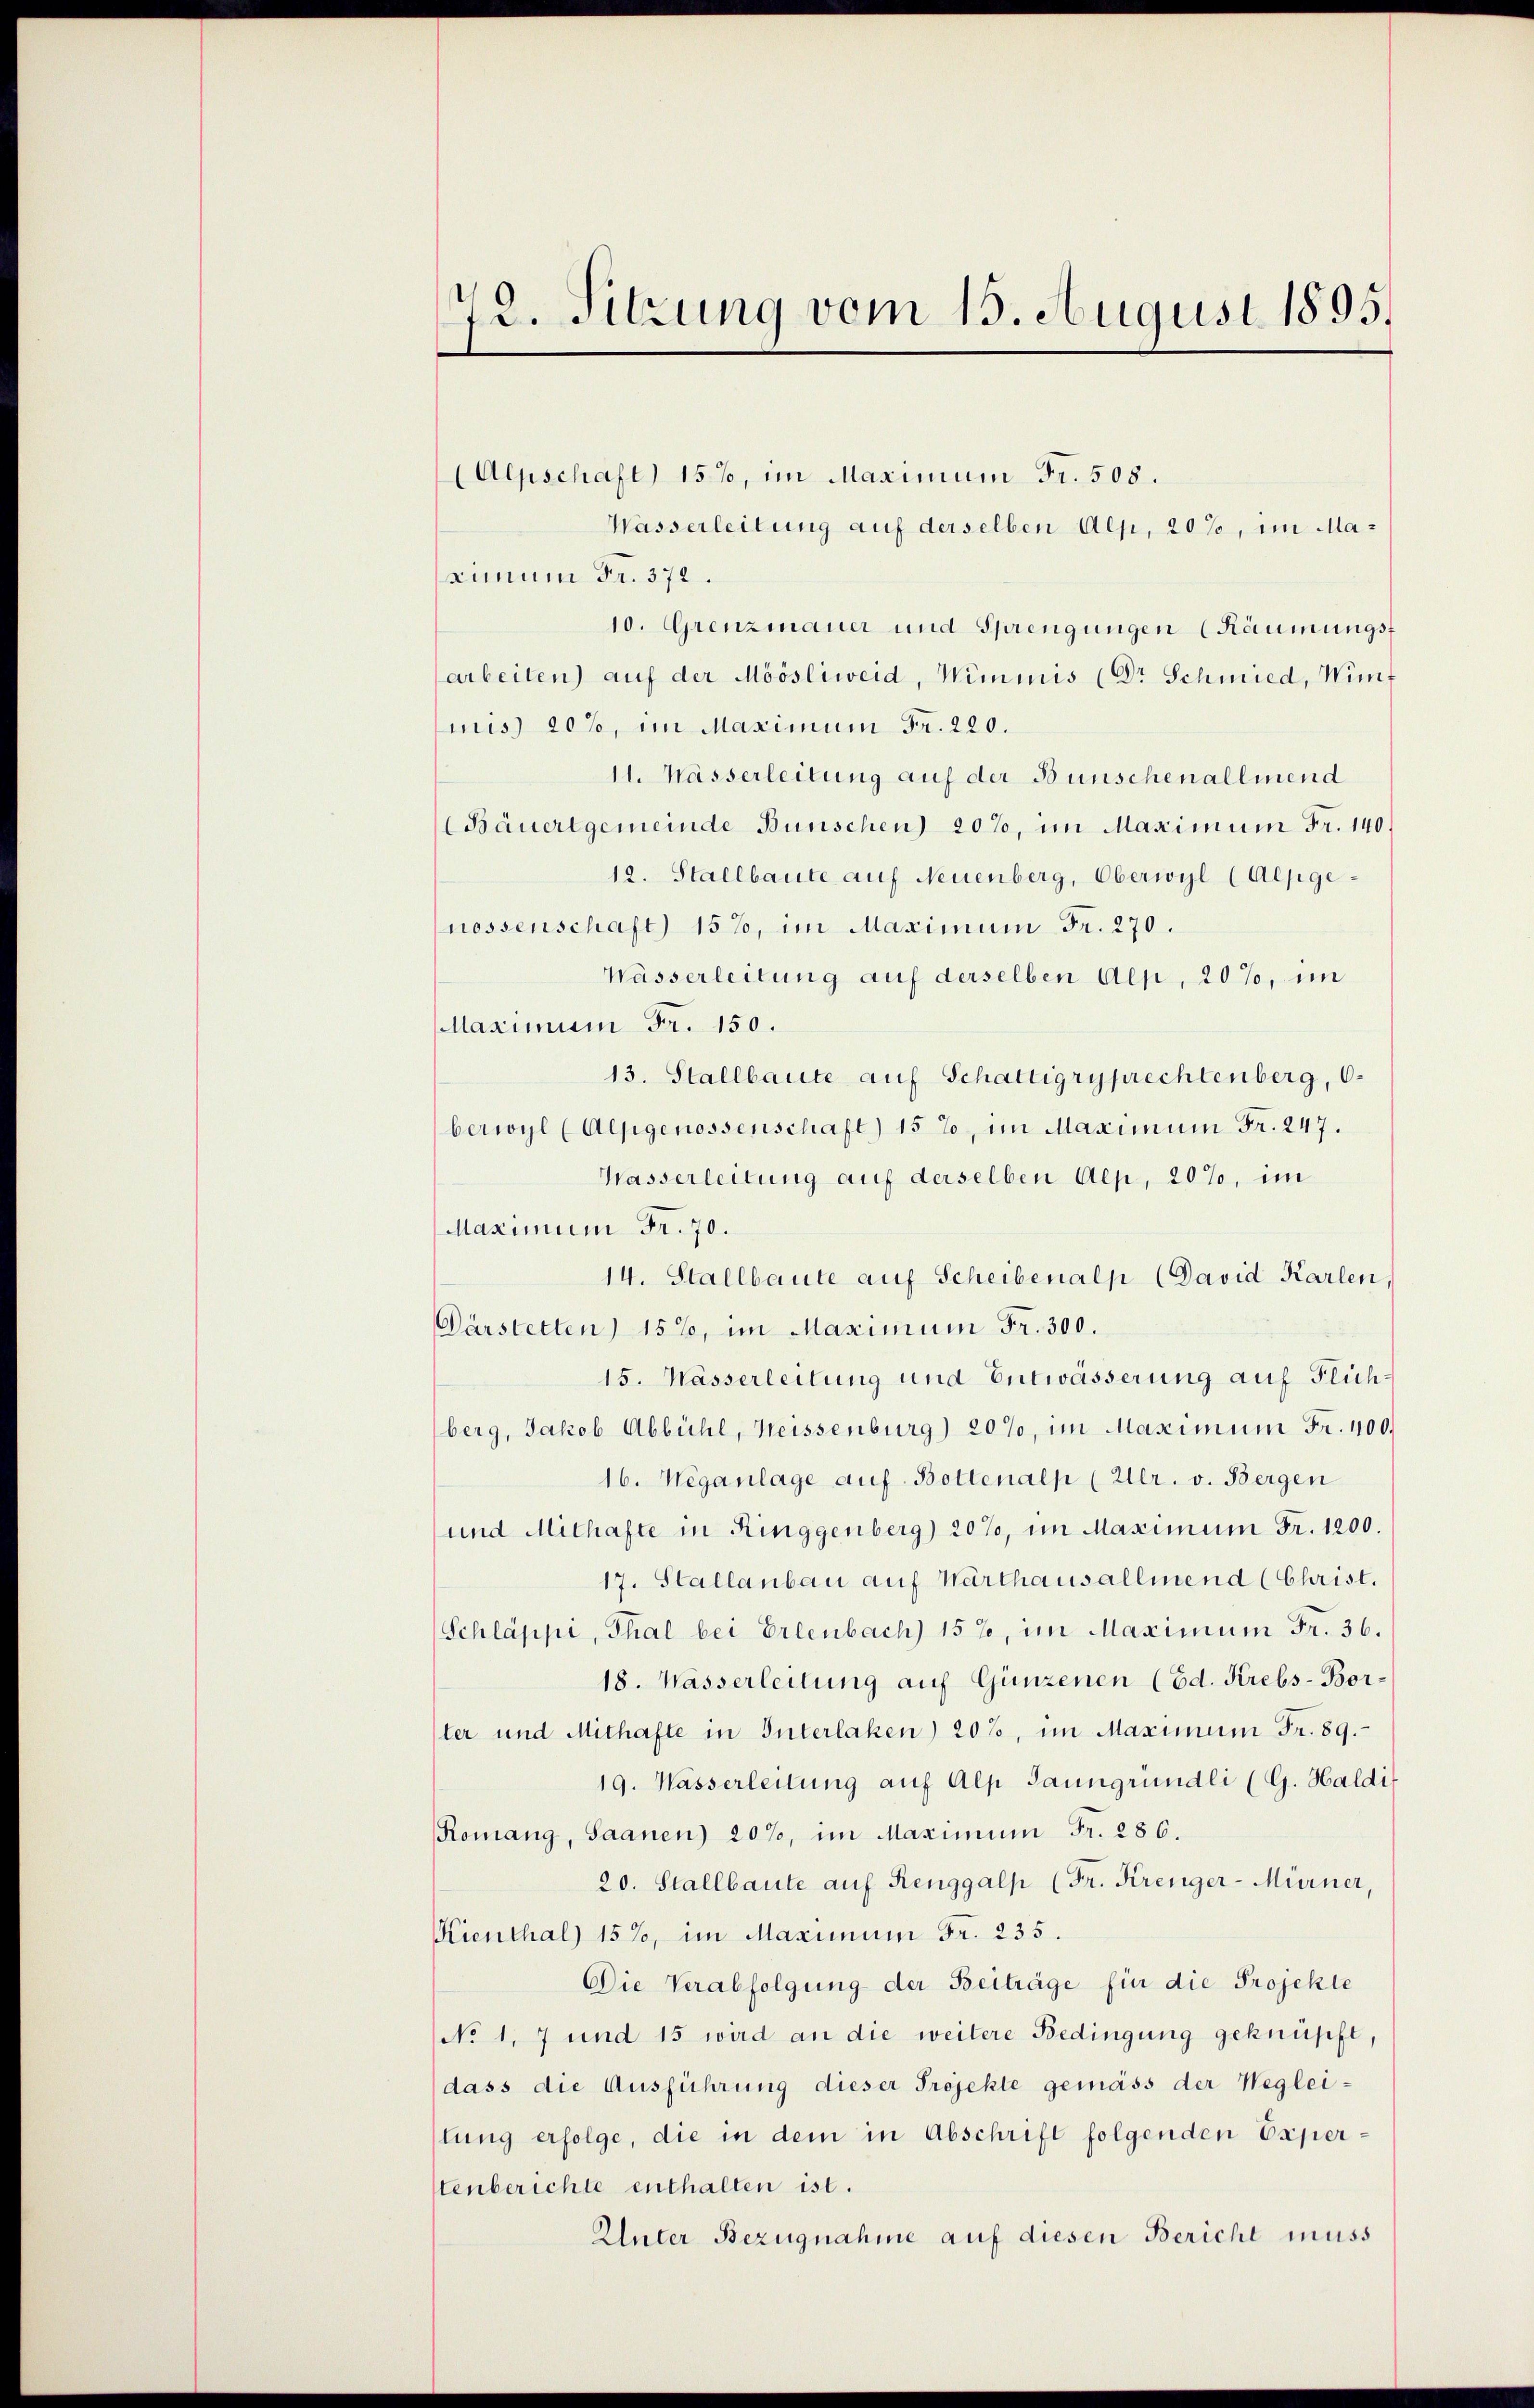
72. Sitzung vom 15. August 1895.

(Alpschaft) 15%, im Maximum Fr. 508.
Wasserleitung auf derselben Alp, 20%, im Maximum Fr. 372.
10. Grenzmauer und Sprengungen (Räumungsf
arbeiten) auf der Möösliweid, Wimmnis (Dr Schmied, Wünf
mis 20%, im Maximum Fr. 220.
11. Wasserleitung auf der Bunschenallmend
Bäuerlgemeinde Bünschen) 20%, im Maximum Fr. 140.
12. Stallbaute auf Neuenburg, Oberwyl (Alpgenessenschaft 15%, im Maximum Fr. 270.
Wässerleitung auf derselben den, 20%, im
Maximum Fr. 150.
13. Stallbaute auf Schattigryprechtenberg, 0.
berwyl (Alpgenossenschaft) 15%, im Maximum Fr. 247.
Wasserleitung auf derselben Aep, 20%, im
Maximum Fr. 70.
14. Stallbaute auf Scheibenalp (David Karlen,
Darstetten) 15%, im Maximum Fr. 300.
15. Wasserleitung und Entwässerung auf Flich-
berg, Jakob Abbühl, Heissenburg) 20%, im Maximum Fr. 400.
16. Weganlage auf Bottenalp (Ver. v. Bergen
und Mithafte in Ringgenberg) 20%, im Maximum Fr. 1200.
17. Stallanbau auf Warthausallmend (Christ.
(Schläppi, Thal bei Erlenbach) 15%, im Maximum Fr. 36.
18. Wasserleitung auf Günzenen (od. Krebs-Borster und Mithafte in Interlaken) 20%, im Maximum Fr. 89.
19. Wasserleitung auf Alp Janngründli (G. Haldi
Romang, Saanen) 20%, im Maximum Fr. 286.
20. Stallbaute auf Renggalp (Fr. Krenger-Mürner,
Kienthal) 157, im Maximum Fr. 235.
Die Verabfolgung der Beiträge für die Projekte
No 1, 7 und 15 wird an die weitere Bedingung geknüpft,
dass die Ausführung dieser Projekte gemäss der Wegleilung erfolge, die in dem in Abschrift folgenden Expertenberichte enthalten ist.
Unter Bezugnahme auf diesen Bericht muss